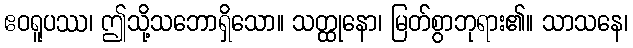
ဧဝရူပဿ၊ ဤသို့သဘောရှိသော။ သတ္ထုနော၊ မြတ်စွာဘုရား၏။ သာသနေ၊